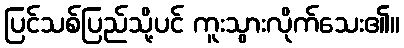
ပြင်သစ်ပြည်သို့ပင် ကူးသွားလိုက်သေး၏။